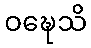
ဝဍ္ဎေသိ